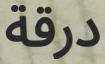
درقة